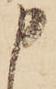
申